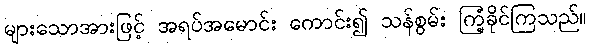
များသောအားဖြင့် အရပ်အမောင်း ကောင်း၍ သန်စွမ်း ကြံ့ခိုင်ကြသည်။